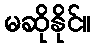
မဆိုနိုင်။